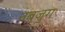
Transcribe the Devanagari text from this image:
नबजुग